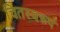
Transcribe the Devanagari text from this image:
चितस्वरूप